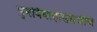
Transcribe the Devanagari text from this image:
पुनर्विवाहासंबंधीचे